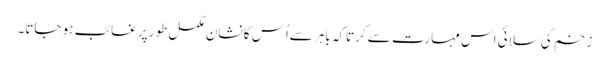
زخم کی سلائی اس مہارت سے کرتاکہ باہر سےاُس کا نشان مکمل طور پر غائب ہو جاتا۔